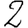
Digit: 2